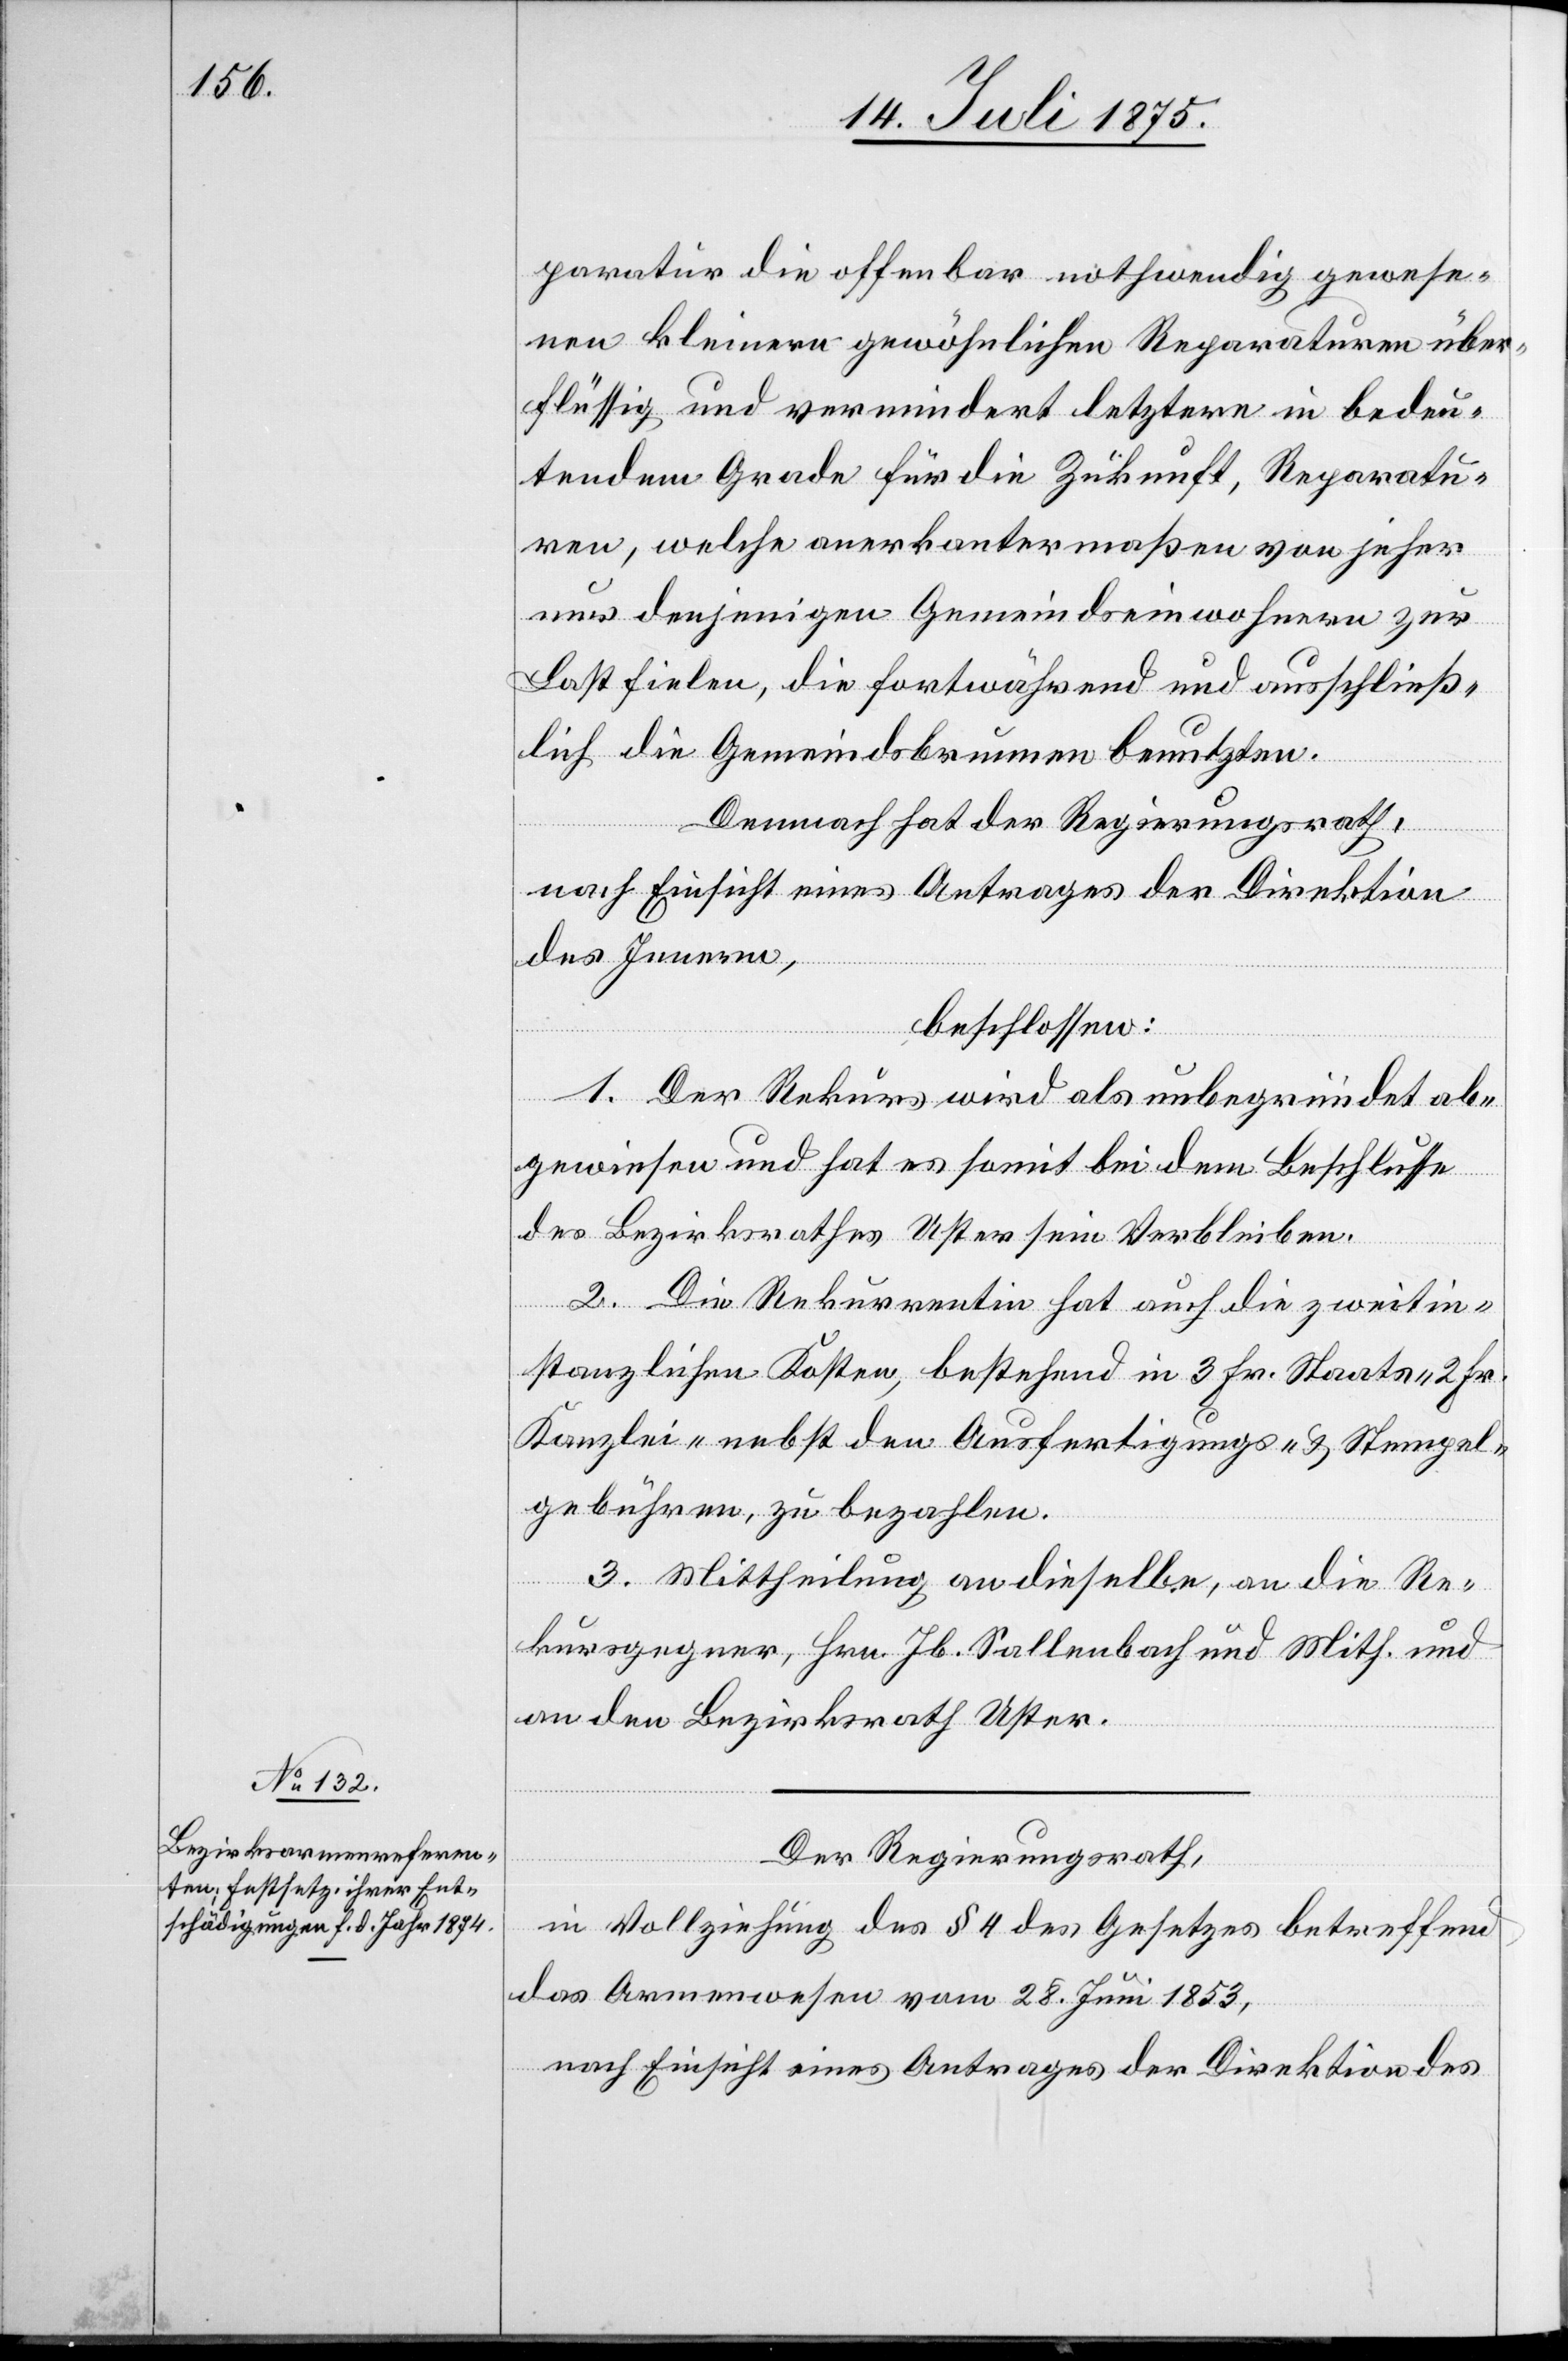
paratur die offenbar nothwendig gewese¬
nen kleinern gewöhnlichen Reparaturen über¬
flüssig und vermindert letztere in bedeu¬
tendem Grade für die Zukunft, Reparatu¬
ren, welche anerkan[n]termaßen von jeher
nur denjenigen Gemeindseinwohnern zur
Last fielen, die fortwährend und ausschließ¬
lich die Gemeindsbrunnen benutzten.
Demnach hat der Regierungsrath,
nach Einsicht eines Antrages der Direktion
des Innern,
beschlossen:
re¬
1. Der Rekurs wird als unbegründet ab¬
gewiesen und hat es somit bei dem Beschlusse
des Bezirksrathes Uster sein Verbleiben.
2. Die Rekurrentin hat auch die zweitin¬
stanzlichen Kosten, bestehend in 3 Fr. Staats- und
Kanzlei- nebst den Ausfertigungs- & Stempel¬
gebühren, zu bezahlen.
3. Mittheilung an dieselbe, an die Re¬
kursgegner, Hrn. Jb. Sallenbach und Mith. und
an den Bezirksrath Uster.
Der Regierungsrath,
in Vollziehung des § 4 des Gesetzes betreffend
das Armenwesen vom 28. Juni 1853,
nach Einsicht eines Antrages der Direktion des